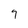
Character: 9